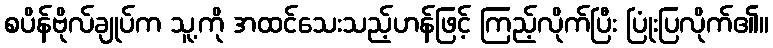
စပိန်ဗိုလ်ချုပ်က သူ့ကို အထင်သေးသည့်ဟန်ဖြင့် ကြည့်လိုက်ပြီး ပြုံးပြလိုက်၏။